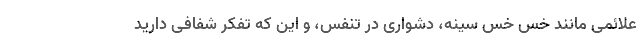
علائمی مانند خس خس سینه، دشواری در تنفس، و این که تفکر شفافی دارید